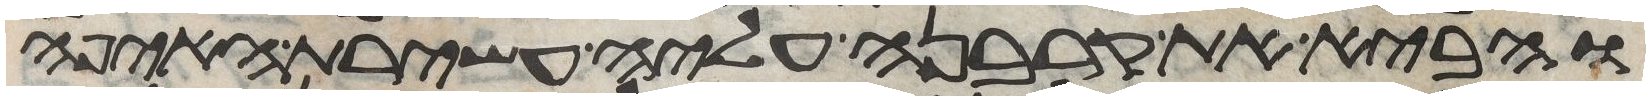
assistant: והביא את קרבנה עליה עשירת האיפה